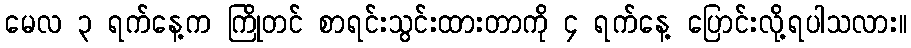
မေလ ၃ ရက်နေ့က ကြိုတင် စာရင်းသွင်းထားတာကို ၄ ရက်နေ့ ပြောင်းလို့ရပါသလား။